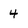
Character: 4